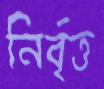
নির্বৃত্ত